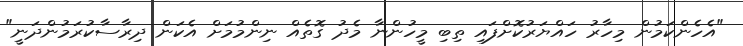
"އެހެންކަމުން މިހާރު ހައްޔަރުކޮށްފައި ތިބި މީހުންނާ މެދު ގޮތެއް ނިންމުމަށް އެކަން ދިރާސާކުރަމުންދަނީ"